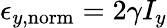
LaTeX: \epsilon_{y,\mathrm{norm}}=2\gamma I_{y}